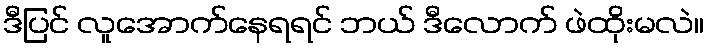
ဒီပြင် လူအောက်နေရရင် ဘယ် ဒီလောက် ဖဲထိုးမလဲ။